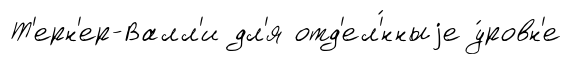
Т'ерн'ер-Валл'и дл'я отд'ел'́нныjе у́ровн'е